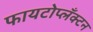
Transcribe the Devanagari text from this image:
फायटोप्लँक्टन